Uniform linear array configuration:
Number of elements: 24
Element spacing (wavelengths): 1
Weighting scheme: blackman
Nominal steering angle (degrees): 15
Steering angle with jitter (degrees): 15.287
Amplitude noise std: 0.05
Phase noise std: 0.05

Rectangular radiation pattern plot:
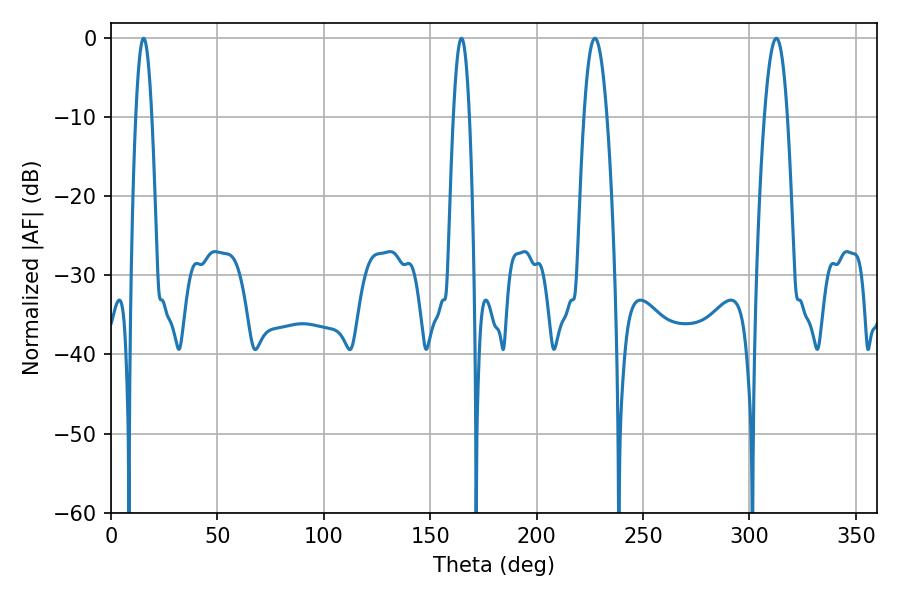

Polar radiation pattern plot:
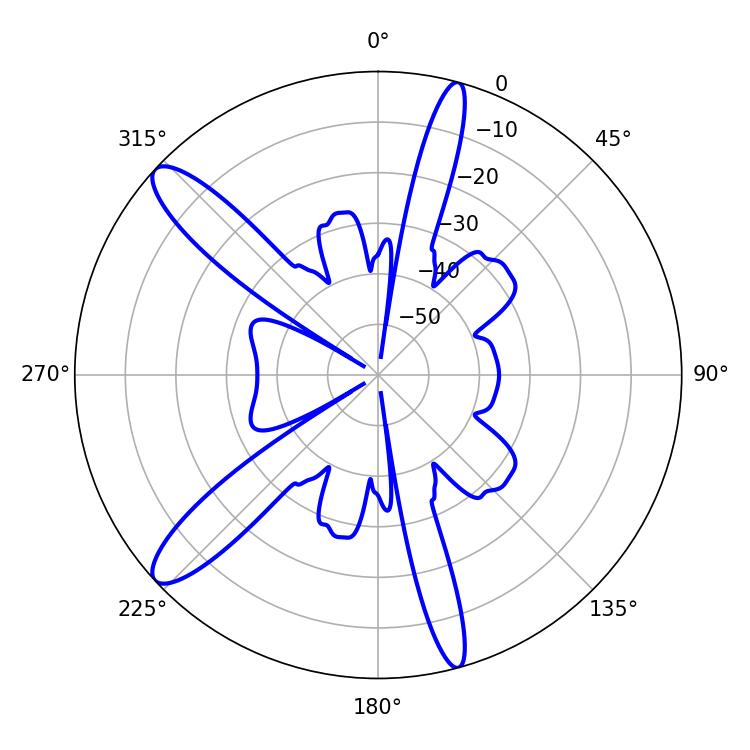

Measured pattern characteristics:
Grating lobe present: TRUE
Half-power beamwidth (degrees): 4.14
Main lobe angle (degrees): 15.3